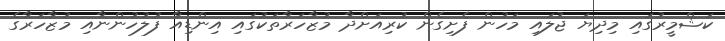
ކަޝްމީރުގައި މިދިޔަ ޖުލައި މަހުން ފެށިގެން ކުރިއަށްދާ މުޒާހަރާތަކުގައި އިންޑިއާ ފުލުހުންނާއި މުޒާހަރާގެ